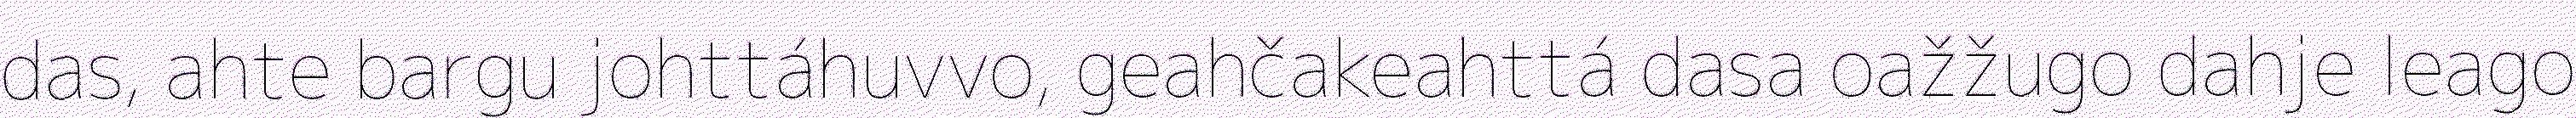
das, ahte bargu johttáhuvvo, geahčakeahttá dasa oažžugo dahje leago